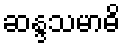
ဆန္ဒသမာဓိ